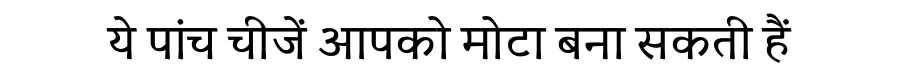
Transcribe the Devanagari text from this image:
ये पांच चीजें आपको मोटा बना सकती हैं